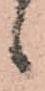
候